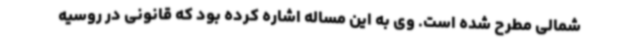
شمالی مطرح شده است. وی به این مساله اشاره کرده بود که قانونی در روسیه